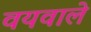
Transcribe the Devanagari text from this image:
वयवाले